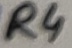
Text: R4